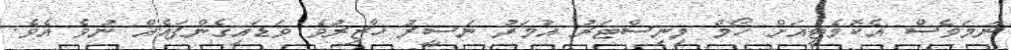
ނަމަވެސް އެކޮމެޓީއަށް ހޯމް މިނިސްޓަރު އުމަރު ނަސީރު ހާޒިރުވެ ވަޑައިގެންފައެއް ނުވެ އެވެ.